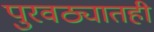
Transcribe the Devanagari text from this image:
पुरवठ्यातही